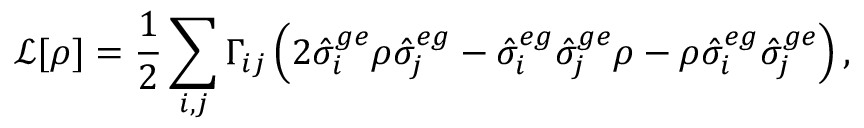
\mathcal { L } [ \rho ] = \frac { 1 } { 2 } \sum _ { i , j } \Gamma _ { i j } \left( 2 \hat { \sigma } _ { i } ^ { g e } \rho \hat { \sigma } _ { j } ^ { e g } - \hat { \sigma } _ { i } ^ { e g } \hat { \sigma } _ { j } ^ { g e } \rho - \rho \hat { \sigma } _ { i } ^ { e g } \hat { \sigma } _ { j } ^ { g e } \right) ,